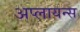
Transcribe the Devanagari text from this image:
अप्लायन्स